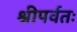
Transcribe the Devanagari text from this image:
श्रीपर्वतः